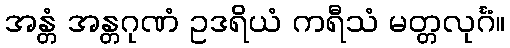
အန္တံ အန္တဂုဏံ ဥဒရိယံ ကရီသံ မတ္တလုင်္ဂံ။